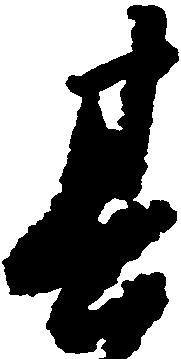
其